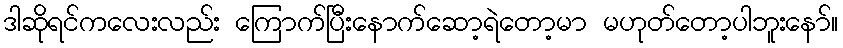
ဒါဆိုရင်ကလေးလည်း ကြောက်ပြီးနောက်ဆော့ရဲတော့မာ မဟုတ်တော့ပါဘူးနော်။